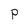
Character: P